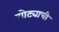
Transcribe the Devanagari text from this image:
गोट्याची